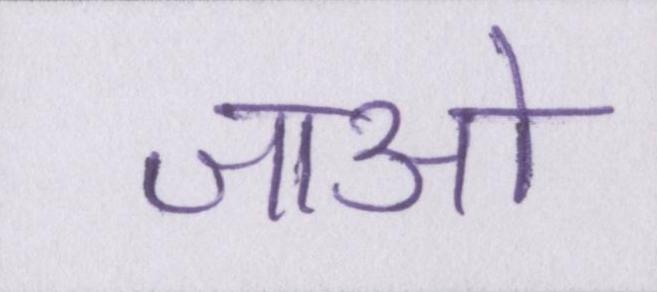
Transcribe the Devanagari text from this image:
जाओ